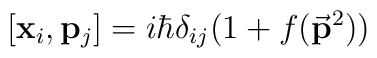
[{\bf{x}}_i,{\bf{p}}_j] = i\hbar \delta_{ij} (1 + f({\bf \vec{p}}^2))